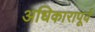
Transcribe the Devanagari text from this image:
अधिकारापूर्व